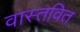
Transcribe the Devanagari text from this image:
वास्तवित